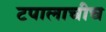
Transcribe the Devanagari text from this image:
टपालाचीच